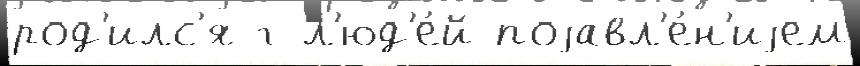
род'илс'я г л'юд'е́й поjавл'е́н'иjем